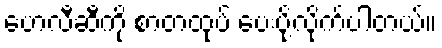
ဟေလီဆီကို စာတထုပ် ပေးပို့လိုက်ပါတယ်။